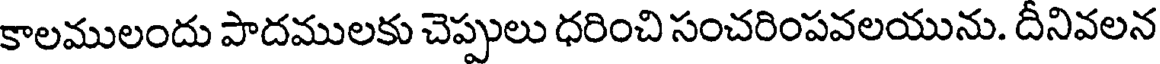
కాలములందు పాదములకు చెప్పులు ధరించి సంచరింపవలయును. దీనివలన